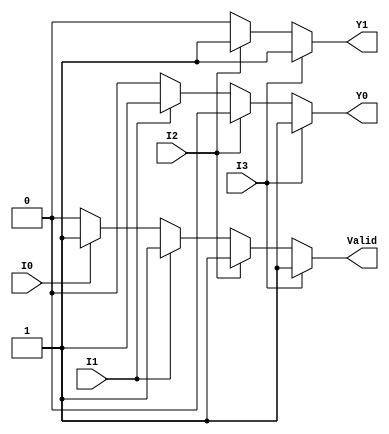
module priority_encoder (
    input wire I0,  // Input 0 (lowest priority)
    input wire I1,  // Input 1
    input wire I2,  // Input 2
    input wire I3,  // Input 3 (highest priority)
    output reg Y1,  // Output bit 1
    output reg Y0,  // Output bit 0
    output reg Valid // Valid output
);

    always @(*) begin
        // Default outputs
        Y1 = 1'b0;
        Y0 = 1'b0;
        Valid = 1'b0;

        // Check the inputs in order of priority
        if (I3) begin
            Y1 = 1'b1; // Highest priority
            Y0 = 1'b1;
            Valid = 1'b1;
        end else if (I2) begin
            Y1 = 1'b1; // Second highest priority
            Y0 = 1'b0;
            Valid = 1'b1;
        end else if (I1) begin
            Y1 = 1'b0; // Third highest priority
            Y0 = 1'b1;
            Valid = 1'b1;
        end else if (I0) begin
            Y1 = 1'b0; // Lowest priority
            Y0 = 1'b0;
            Valid = 1'b1;
        end else begin
            // All inputs are 0, Valid will remain 0
            Valid = 1'b0;
        end
    end
endmodule